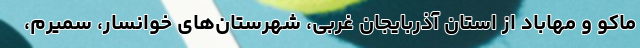
ماکو و مهاباد از استان آذربایجان غربی، شهرستان‌های خوانسار، سمیرم،